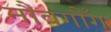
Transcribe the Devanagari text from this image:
नौवगौँग